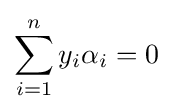
\sum _{i=1}^{n}y_{i}\alpha _{i}=0